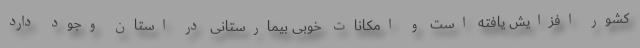
کشور افزایش یافته است و امکانات خوبی بیمارستانی در استان وجود دارد